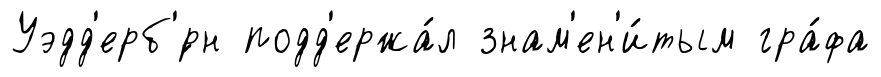
Уэдд'ерб'́рн подд'ержа́л знам'ен'и́тым гра́фа